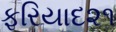
ફરિયાદ૨૧